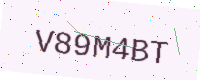
Text: V89M4BT